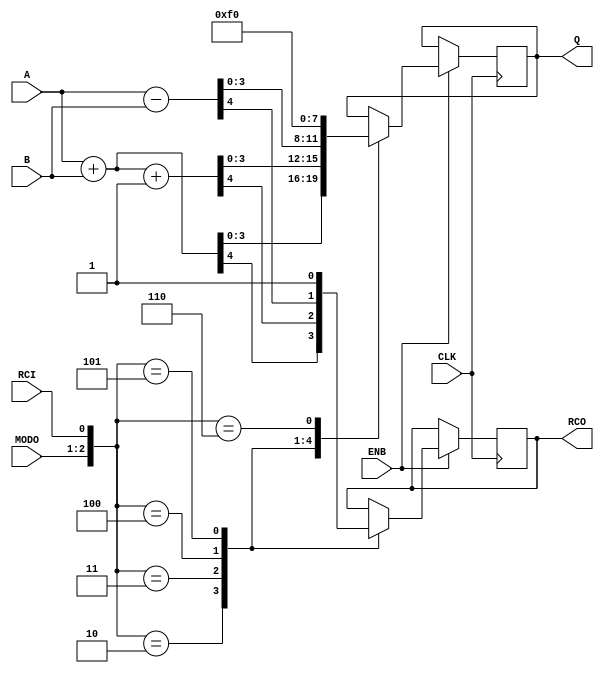
/*
Sumador binario sincrnico de 4 bits, con los siguientes modos de funcionamiento:
a) Suma
b) Resta
c) Mantener valor anterior
d) Limpiar el sumador 
*/

module sumador4 (   input   CLK,
                    input   ENB,
                    input   RCI,
                    input   [1:0] MODO,
                    input   [3:0] A,
                    input   [3:0] B,
                    output  reg [3:0] Q,
                    output  reg RCO);

always @(posedge CLK) begin
    if (ENB) begin
        case ({MODO, RCI})
            3'b00x: Q <= Q ;
            3'b010: begin
                        {RCO, Q} <= A + B;
                    end
            3'b011: {RCO, Q} <= A + B + 1'b1;
            3'b100: begin
                        {RCO, Q} <= A - B;
                    end
            //3'b101: {RCO, Q} <= A + ~B + 2'b10;
            3'b101: {RCO, Q} <= 5'b11111;
            3'b110: Q <= 4'b0;
        endcase
    end
end

endmodule